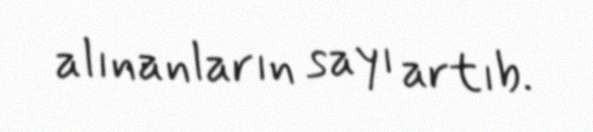
alınanların sayı artıb.